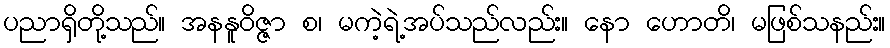
ပညာရှိတို့သည်။ အနနူဝိဇ္ဇာ စ၊ မကဲ့ရဲ့အပ်သည်လည်း။ နော ဟောတိ၊ မဖြစ်သနည်း။